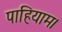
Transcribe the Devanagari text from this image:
पाहियाम।